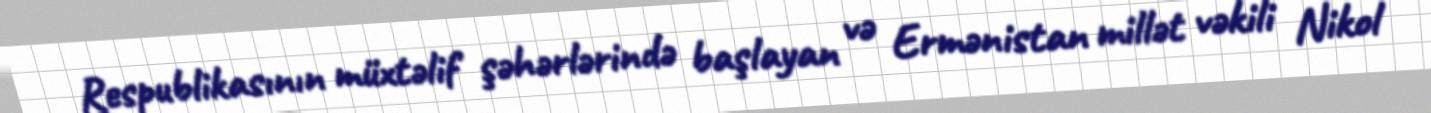
Respublikasının müxtəlif şəhərlərində başlayan və Ermənistan millət vəkili Nikol